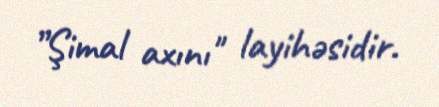
”Şimal axını" layihəsidir.